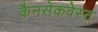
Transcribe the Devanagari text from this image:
कैनसेकवेस्ट